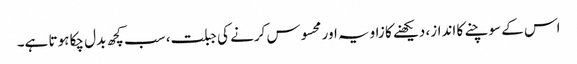
اس کے سوچنے کا انداز، دیکھنے کا زاویہ اور محسوس کرنے کی جبلت، سب کچھ بدل چکا ہوتا ہے۔